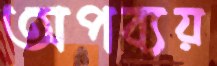
অপব্যয়